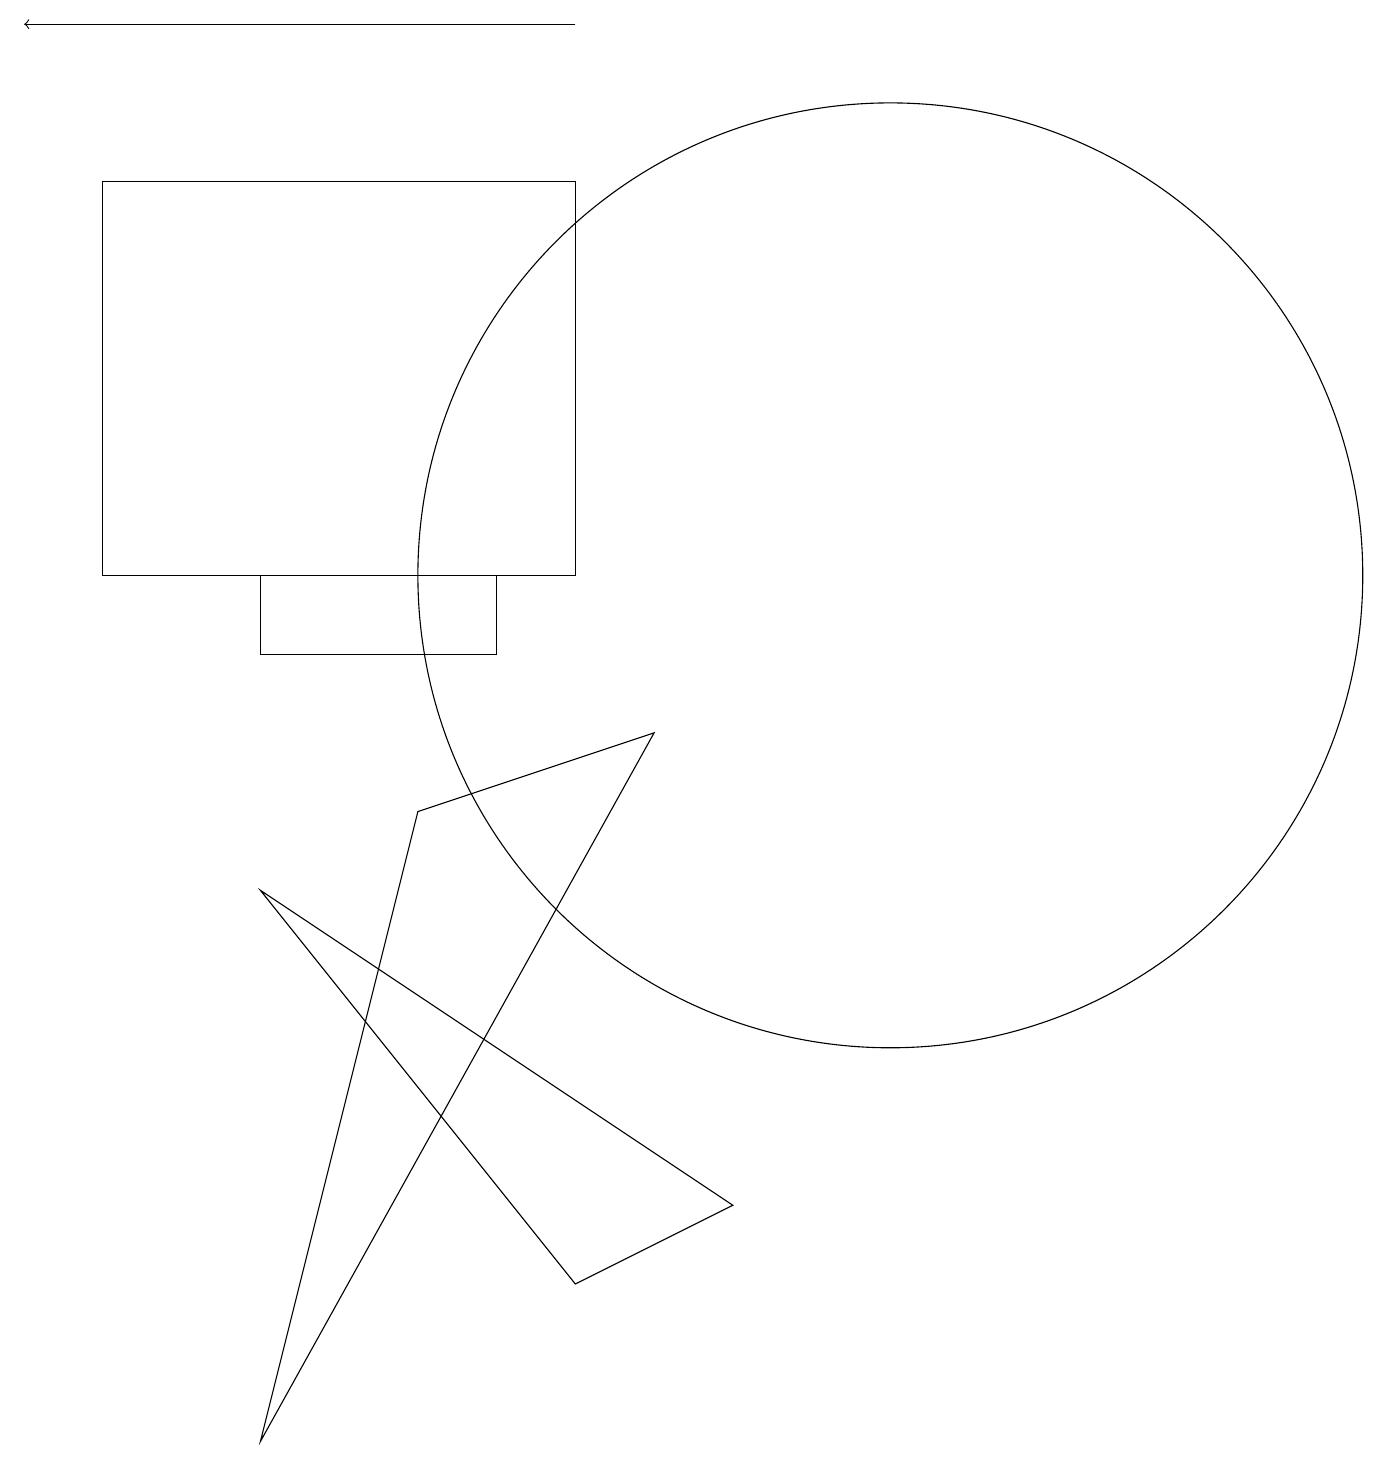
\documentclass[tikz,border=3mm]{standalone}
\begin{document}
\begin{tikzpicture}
\draw (11,11) circle (6);
\draw[->] (7,18) -- (0,18);
\draw (5,8) -- (3,0) -- (8,9) -- cycle;
\draw (3,7) -- (9,3) -- (7,2) -- cycle;
\draw (6,10) rectangle (3,11);
\draw (7,16) rectangle (1,11);
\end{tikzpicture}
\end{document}